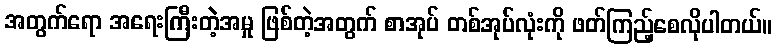
အတွက်ရော အရေးကြီးတဲ့အမှု ဖြစ်တဲ့အတွက် စာအုပ် တစ်အုပ်လုံးကို ဖတ်ကြည့်စေလိုပါတယ်။